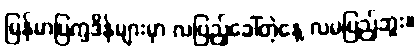
မြန်မာပြက္ခဒိန်များမှာ လပြည့်ခေါ်တဲ့နေ့ လမပြည့်ဘူး။